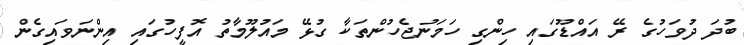
ބުދަ ދުވަހުގެ ރޭ އައްޑޫގައި ހިންގި ހަމަނުޖެހުންތަކާ ގުޅޭ މައުލޫމާތު އޮފީހުގައި އިންނަވައިގެން